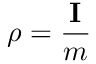
\rho = \frac { \mathbf { I } } { m }